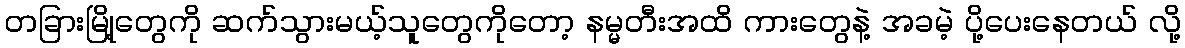
တခြားမြို့တွေကို ဆက်သွားမယ့်သူတွေကိုတော့ နမ္မတီးအထိ ကားတွေနဲ့ အခမဲ့ ပို့ပေးနေတယ် လို့